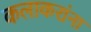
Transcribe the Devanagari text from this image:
कलाकरांना